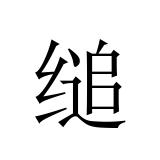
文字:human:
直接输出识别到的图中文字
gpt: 缒